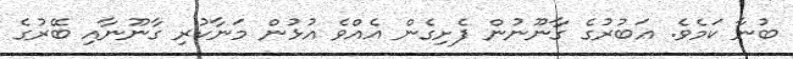
ބުނާ ކަމެވެ. އަބުރުގެ ގާނޫނުން ފެށިގެން އެއްވެ އުޅުން މަނާކުރި ގާނޫނާއި ބޭރުގެ